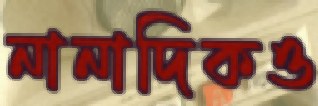
নানাদিকও